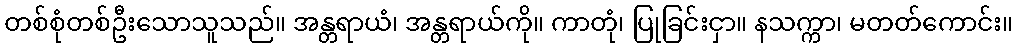
တစ်စုံတစ်ဦးသောသူသည်။ အန္တရာယံ၊ အန္တရာယ်ကို။ ကာတုံ၊ ပြုခြင်းငှာ။ နသက္ကာ၊ မတတ်ကောင်း။